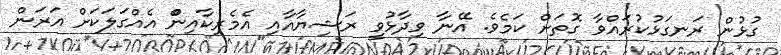
ގުޅުން ރަނގަޅުކުރައްވާ ގޮތަށް ކަމެވެ. އޭނާ ވިދާޅުވީ ރަޝިޔާއާއި އެމެރިކާއިންް އެއްގަލަކަށް އަރަން